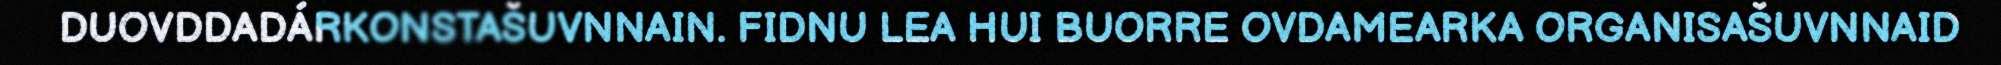
DUOVDDADÁRKONSTAŠUVNNAIN. FIDNU LEA HUI BUORRE OVDAMEARKA ORGANISAŠUVNNAID